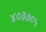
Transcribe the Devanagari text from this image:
४०३७०५